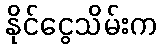
နိုင်ငွေသိမ်းက